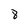
Character: 8